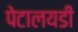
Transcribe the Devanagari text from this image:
पेटालयडी